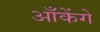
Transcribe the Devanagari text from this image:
आँकेंगे